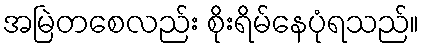
အမြဲတစေလည်း စိုးရိမ်နေပုံရသည်။